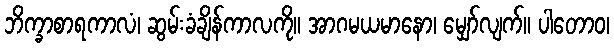
ဘိက္ခာစာရကာလံ၊ ဆွမ်းခံချိန်ကာလကို။ အာဂမယမာနော၊ မျှော်လျက်။ ပါတောဝ၊